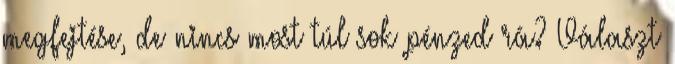
megfejtése, de nincs most túl sok pénzed rá? Választ